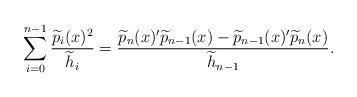
LaTeX: \begin{align*}\sum_{i=0}^{n-1} \frac{\widetilde{p}_i(x)^2}{\widetilde{h}_i} = \frac{\widetilde{p}_{n}(x)^{\prime}\widetilde{p}_{n-1}(x)-\widetilde{p}_{n-1}(x)^{\prime}\widetilde{p}_{n}(x)}{\widetilde{h}_{n-1}}.\end{align*}